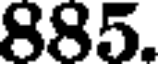
885.